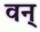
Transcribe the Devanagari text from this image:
वन्